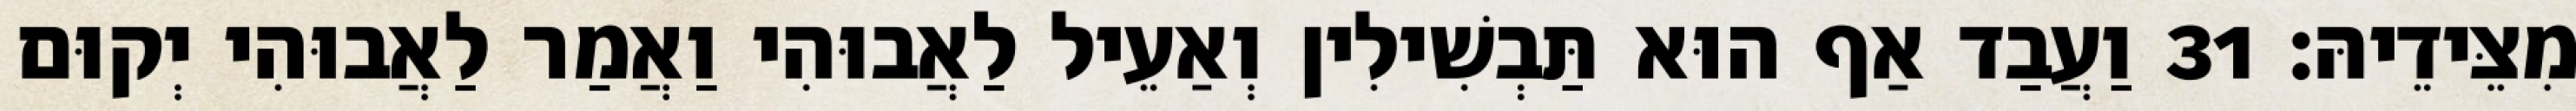
מִצֵּידֵיהּ׃ 31 וַעֲבַד אַף הוּא תַּבְשִׁילִין וְאַעֵיל לַאֲבוּהִי וַאֲמַר לַאֲבוּהִי יְקוּם